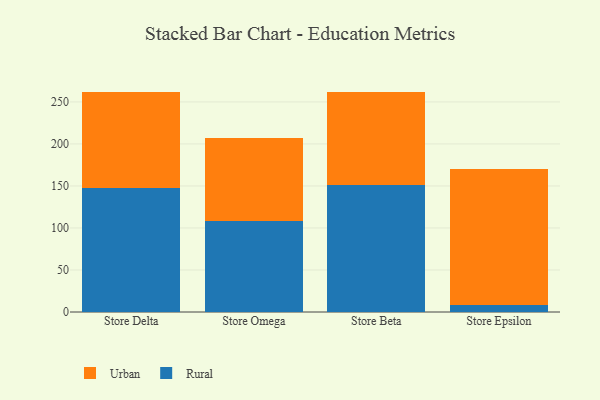
{"axis": {"x": "Store", "y": "Energy Usage (MWh)"}, "legend": ["Rural", "Urban"], "data": [{"x": "Store Delta", "y": 147.8, "type": "Rural"}, {"x": "Store Delta", "y": 114.5, "type": "Urban"}, {"x": "Store Omega", "y": 108.9, "type": "Rural"}, {"x": "Store Omega", "y": 97.7, "type": "Urban"}, {"x": "Store Beta", "y": 150.8, "type": "Rural"}, {"x": "Store Beta", "y": 110.7, "type": "Urban"}, {"x": "Store Epsilon", "y": 8.3, "type": "Rural"}, {"x": "Store Epsilon", "y": 161.8, "type": "Urban"}]}